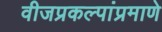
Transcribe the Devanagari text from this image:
वीजप्रकल्पांप्रमाणे